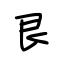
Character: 艮